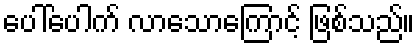
ပေါ်ပေါက် လာသောကြောင့် ဖြစ်သည်။